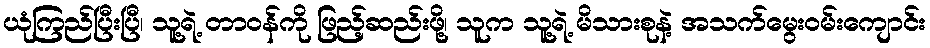
ယုံကြည်ပြီးပြီ၊ သူ့ရဲ့ တာဝန်ကို ဖြည့်ဆည်းဖို့၊ သူက သူ့ရဲ့ မိသားစုနဲ့ အသက်မွေးဝမ်းကျောင်း